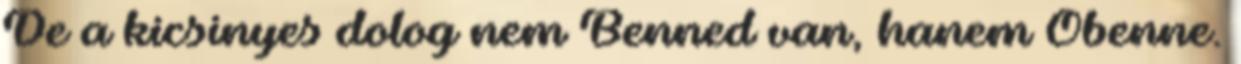
De a kicsinyes dolog nem Benned van, hanem Őbenne.